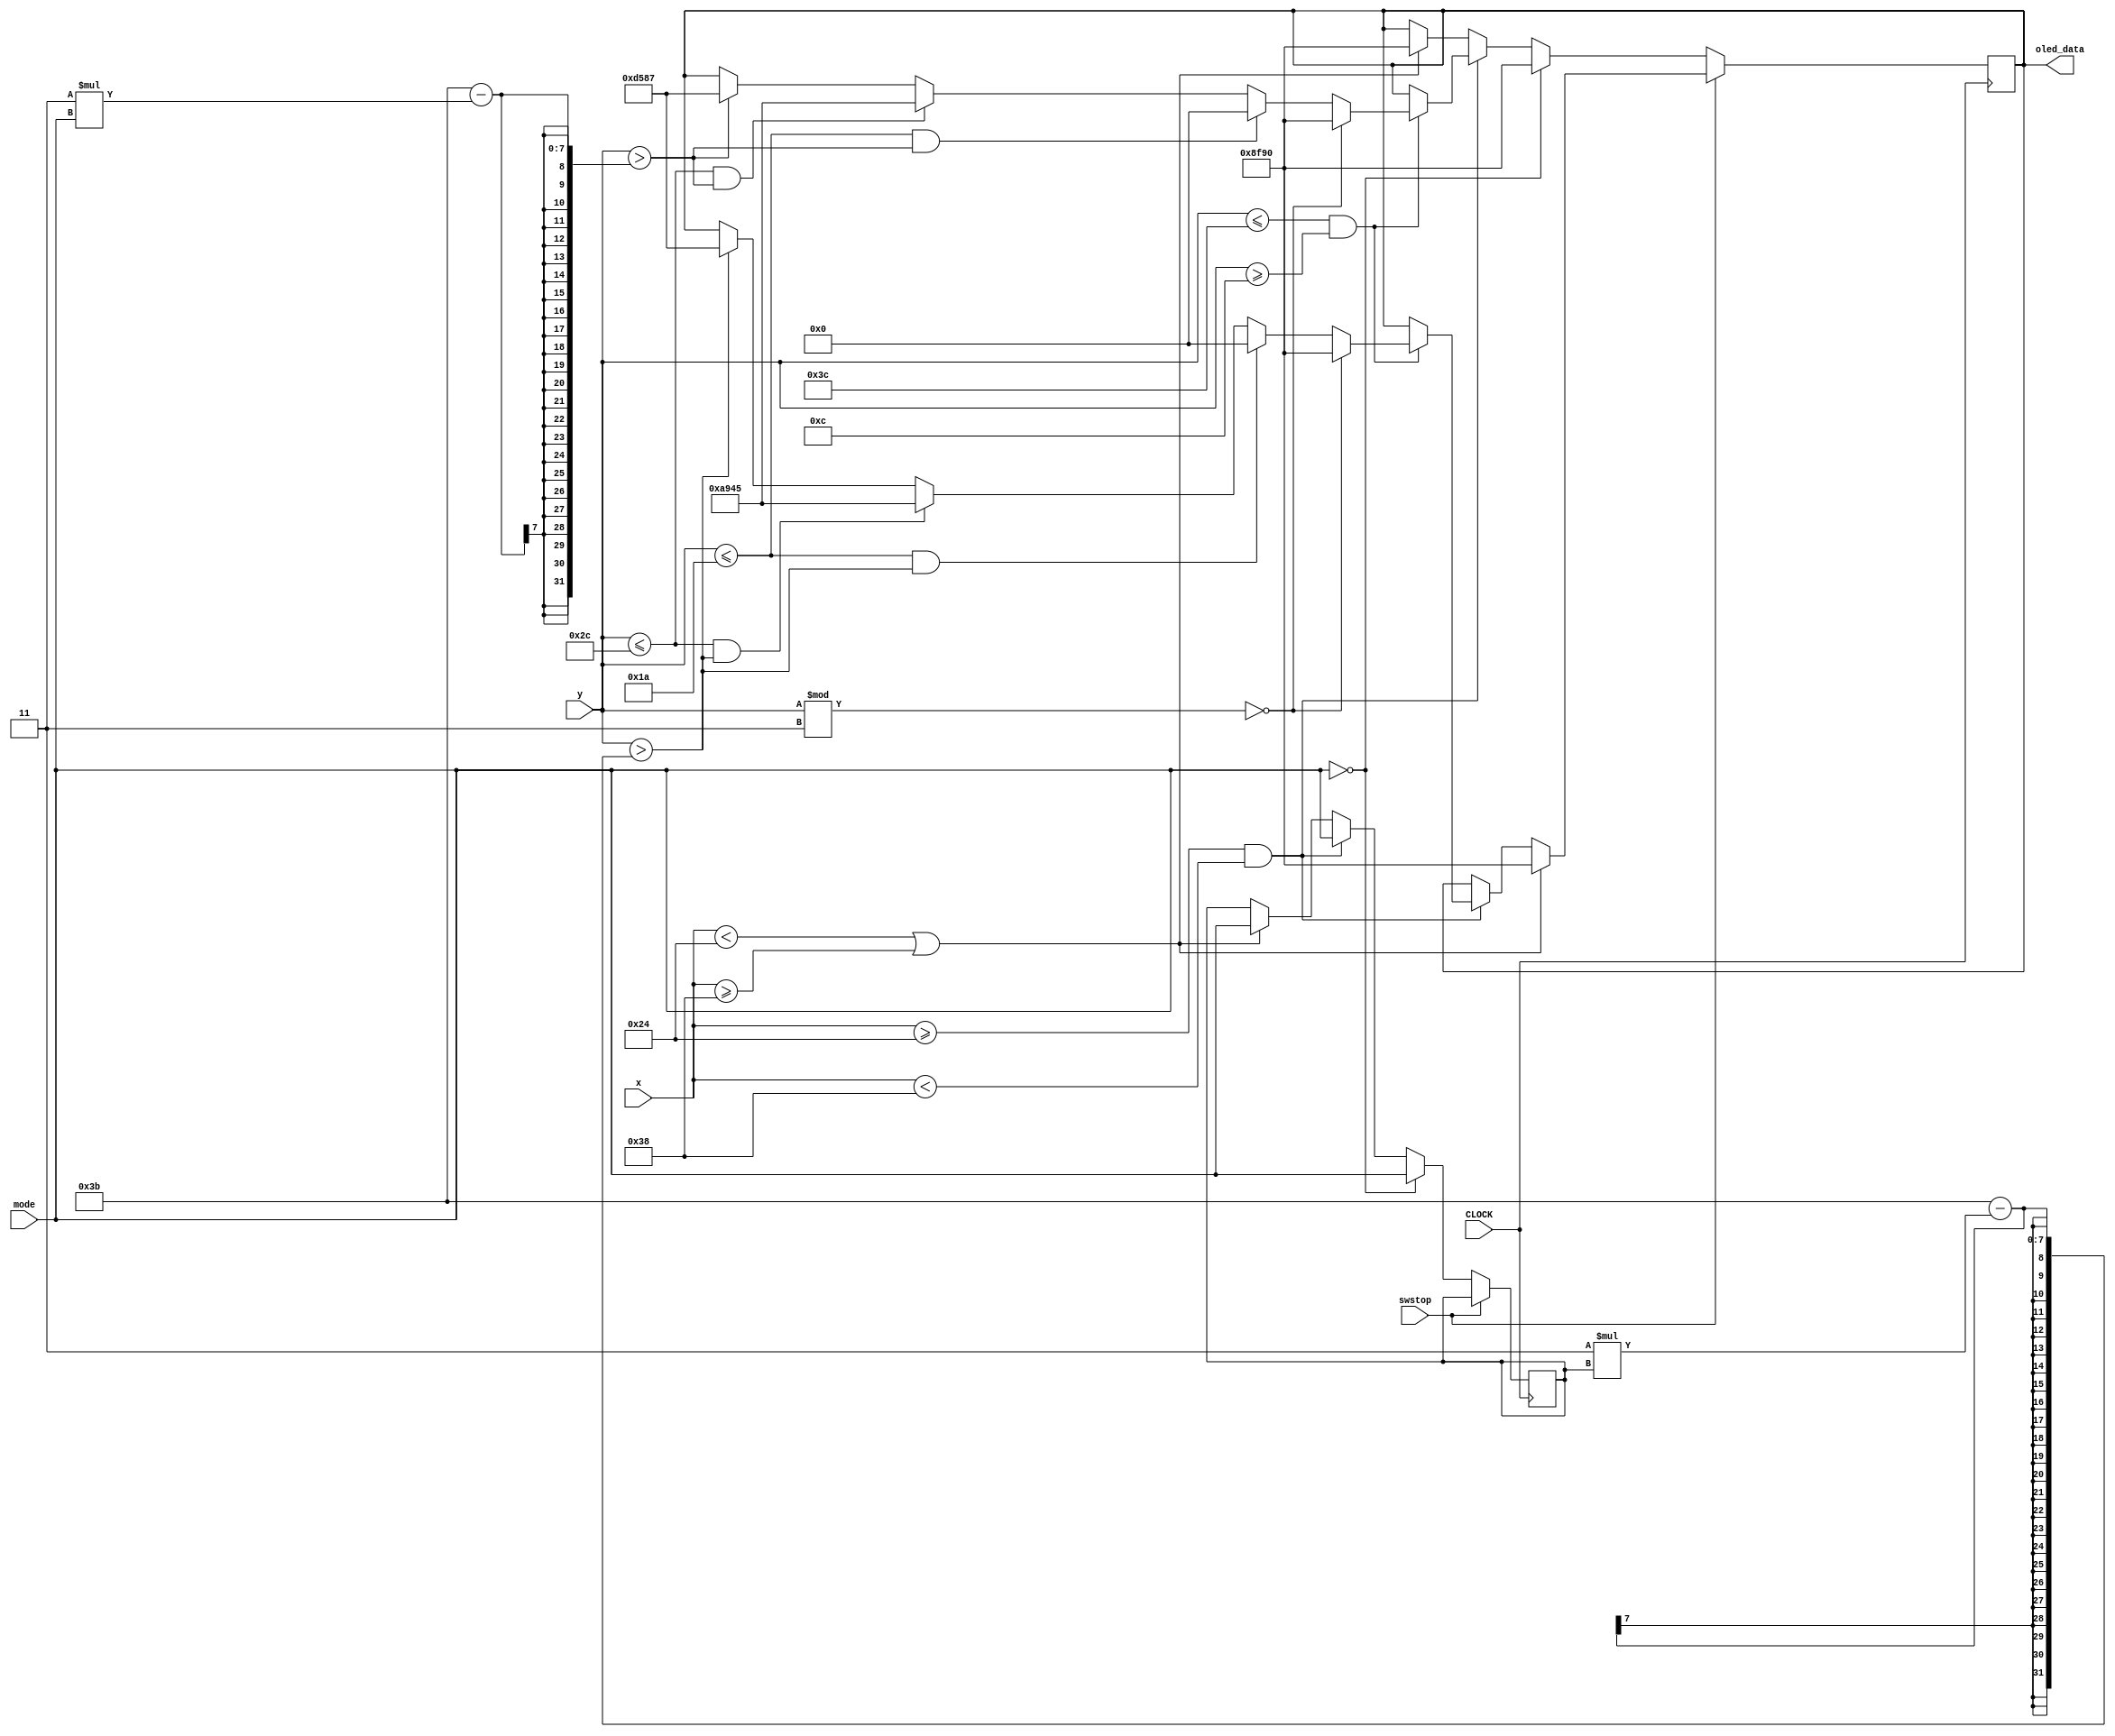
`timescale 1ns / 1ps
//////////////////////////////////////////////////////////////////////////////////
// Company: 
// Engineer: 
// 
// Design Name: 
// Module Name: basic_invert1
// Project Name: 
// Target Devices: 
// Tool Versions: 
// Description: 
// 
// Dependencies: 
// 
// Revision:
// Revision 0.01 - File Created
// Additional Comments:
// 
//////////////////////////////////////////////////////////////////////////////////


module basic_invert1(
    input swstop,
    input CLOCK,
    input [7:0] x,
    input [7:0] y,
    input [4:0] mode,
    output reg [15:0] oled_data
    );
    reg [4:0] mode1 =0;
    always @(posedge CLOCK) begin
    if(swstop == 1) begin
      if( x >= 36 && x < 56) begin
            if(y <= 60 && y >= 12) begin
               if(y % 3 == 0) begin
                   oled_data <= 16'h8f90;
               end
               else if(y <= 26 && y > 59 - 3*mode1) begin
                    oled_data <= 16'h0;
               end
               else if(y <= 44 && y > 59 - 3*mode1) begin
                    oled_data <= 16'ha945;
               end
               else if(y > 59 - 3*mode1) begin
                     oled_data <= 16'hd587; 
               end
           end
        end
        if( x < 36 || x >= 56)
            oled_data <= 16'h8f90;
    end
    else if(mode == 0) begin
       oled_data <= 16'h8f90;
       mode1 <= mode;
    end 
    else if( x >= 36 && x < 56) begin
        if(y <= 60 && y >= 12) begin
           if(y % 3 == 0) begin
               oled_data <= 16'h8f90;
           end
           else if(y <= 26 && y > 59 - 3*mode) begin
                oled_data <= 16'h0;
           end
           else if(y <= 44 && y > 59 - 3*mode) begin
                oled_data <= 16'ha945;
           end
           else if(y > 59 - 3*mode) begin
                 oled_data <= 16'hd587;  
           end
       end
       mode1 <= mode;
    end
    else if( x < 36 || x >= 56) begin
       oled_data <= 16'h8f90;
       mode1 <= mode;
    end
    
    end
endmodule